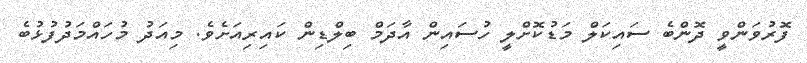
ފޮރުވަންވީ ދޮންބެ ސައިކަލް މަޑުކޮށްލީ ހުސައިން އާދަމް ބިލްޑިން ކައިރިއަށެވެ. މިއަދު މުހައްމަދުފުޅުބެ